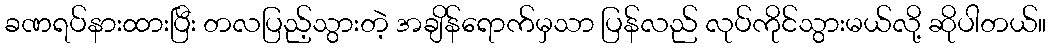
ခဏရပ်နားထားပြီး တလပြည့်သွားတဲ့ အချိန်ရောက်မှသာ ပြန်လည် လုပ်ကိုင်သွားမယ်လို့ ဆိုပါတယ်။